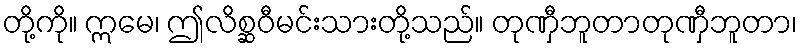
တို့ကို။ ဣမေ၊ ဤလိစ္ဆဝီမင်းသားတို့သည်။ တုဏှီဘူတာတုဏှီဘူတာ၊